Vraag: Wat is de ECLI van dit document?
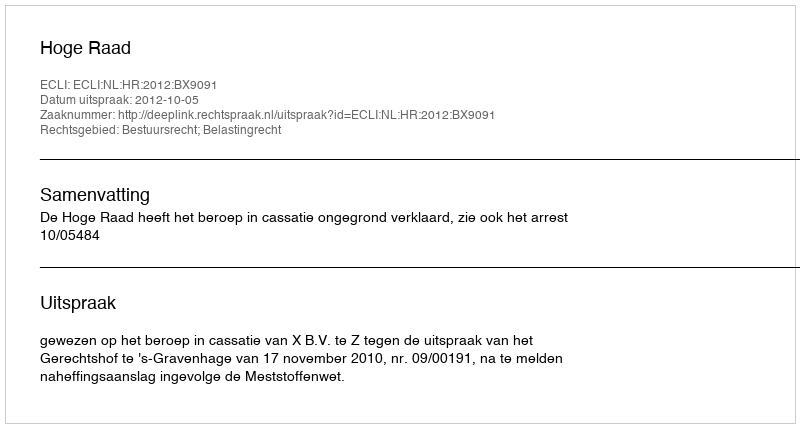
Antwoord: ECLI:NL:HR:2012:BX9091